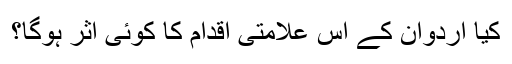
کیا اردوان کے اس علامتی اقدام کا کوئی اثر ہوگا؟